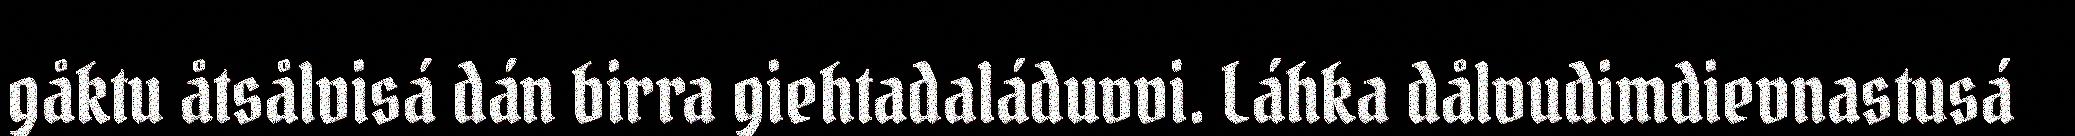
gåktu åtsålvisá dán birra giehtadaláduvvi. Láhka dålvudimdievnastusá